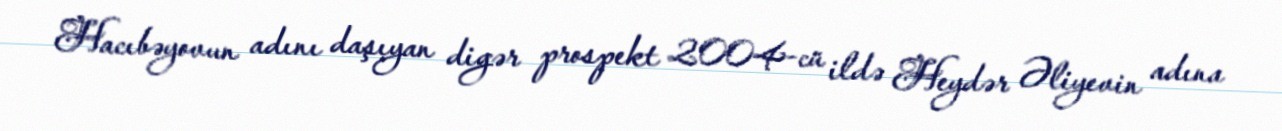
Hacıbəyovun adını daşıyan digər prospekt 2004-cü ildə Heydər Əliyevin adına